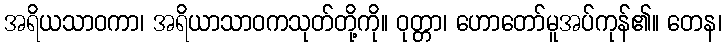
အရိယသာဝကာ၊ အရိယာသာဝကသုတ်တို့ကို။ ဝုတ္တာ၊ ဟောတော်မူအပ်ကုန်၏။ တေန၊